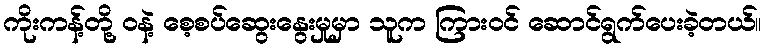
ကိုးကန့်တို့ ဝနဲ့ စေ့စပ်ဆွေးနွေးမှုမှာ သူက ကြားဝင် ဆောင်ရွက်ပေးခဲ့တယ်။